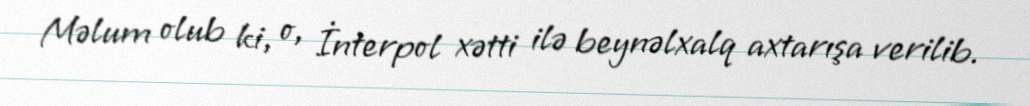
Məlum olub ki, o, İnterpol xətti ilə beynəlxalq axtarışa verilib.